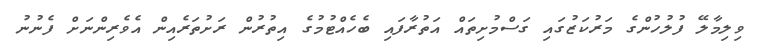
ވިލިމާލޭ ފުލުހުންގެ މަރުކަޒުގައި ގަސްމުށިތައް އަތުރާފައި ބެހެއްޓުމުގެ އިތުރުން ރަށުތަރެއިން އެވެރިންނަށް ފެނުނު